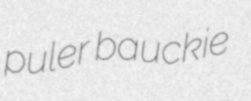
puler bauckie